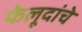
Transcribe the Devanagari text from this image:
फेलूदांचे